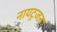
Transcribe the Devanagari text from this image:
नायट्रजन